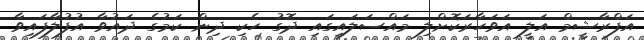
އަފްރާޝީމް އަލީ އަވަހާރަކޮށްލި މައްސަލައިގައި ދޮގު ހެކި ދިން ކަމުގެ ދައުވާ އުފުލާފައިވާ